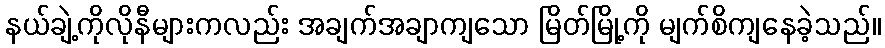
နယ်ချဲ့ကိုလိုနီများကလည်း အချက်အချာကျသော မြိတ်မြို့ကို မျက်စိကျနေခဲ့သည်။